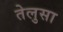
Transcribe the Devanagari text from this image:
तेलुसा